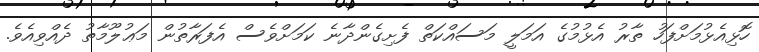
ހޮޅިއެޅުމަށްފަހު ތާރު އެޅުމުގެ އަމަލީ މަސައްކަތް ފެށިގެންދާނެ ކަމަށްވެސް އެފަރާތުން މަޢުލޫމާތު ދެއްވިއެވެ.